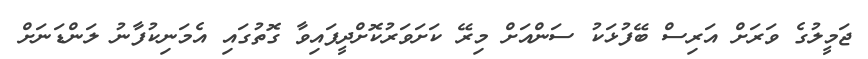
ޖަމީލުގެ ވަރަށް އަރިސް ބޭފުޅަކު ސަންއަށް މިރޭ ކަށަވަރުކޮށްދީފައިވާ ގޮތުގައި އެމަނިކުފާނު ލަންޑަނަށް